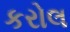
કરોલ